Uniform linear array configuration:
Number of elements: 48
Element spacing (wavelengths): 1
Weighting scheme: binomial
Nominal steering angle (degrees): -45
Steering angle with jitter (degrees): -46.484
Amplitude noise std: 0.05
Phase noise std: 0.05

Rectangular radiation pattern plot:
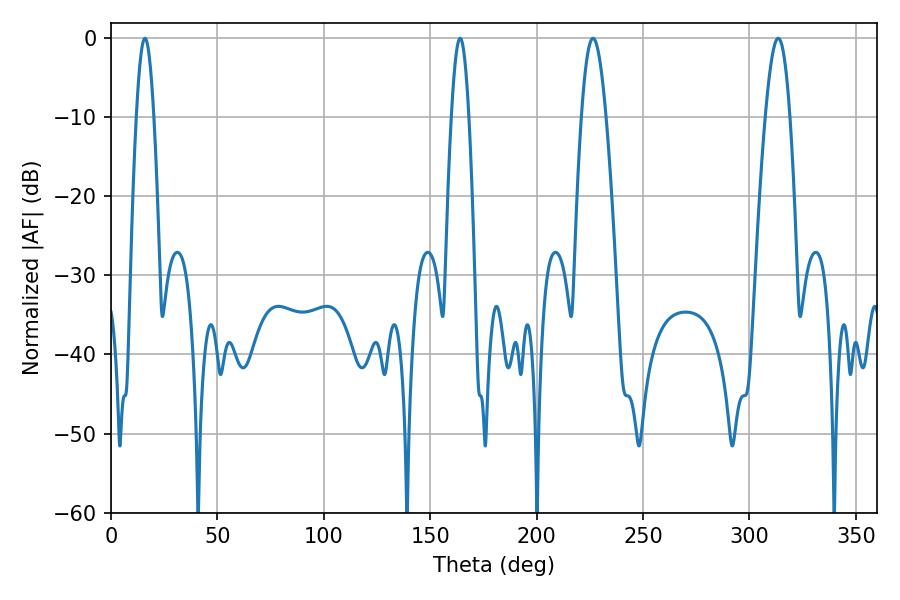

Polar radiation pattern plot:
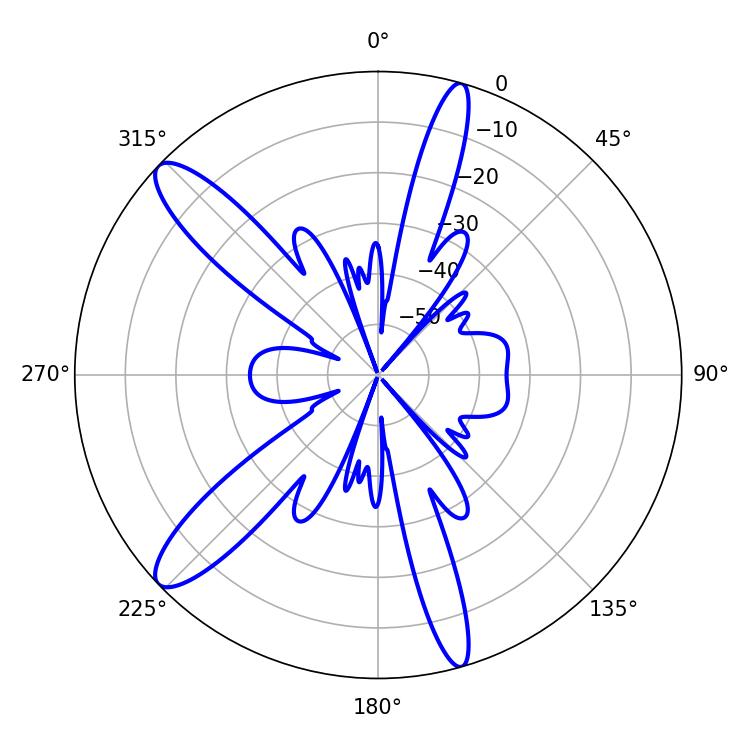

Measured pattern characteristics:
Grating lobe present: TRUE
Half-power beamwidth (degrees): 6.3
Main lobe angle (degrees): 226.44